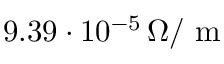
9 . 3 9 \cdot 1 0 ^ { - 5 } \, \Omega / \mathrm { ~ m ~ }